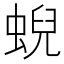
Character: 蜺